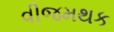
વીજમથક